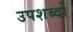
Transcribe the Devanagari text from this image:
उपशब्दों